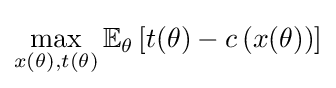
\max _{x(\theta ),t(\theta )}\mathbb {E} _{\theta }\left[t(\theta )-c\left(x(\theta )\right)\right]